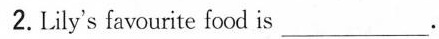
2.Lily's favourite food is ___